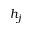
h _ { j }